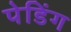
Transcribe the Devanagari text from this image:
पेडिंग